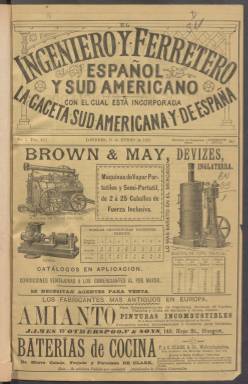
Título: El Ingeniero y ferretero español y sud-americano
Otros títulos: Ingeniero y ferretero || Ingeniero y ferretero español y sudamericano || Ingeniero y ferretero, español y sud-americano || Ingeniero y ferretero español y sud americano
Colección: Industria
Ámbito geográfico: Gran Bretaña
Lugar de publicación: Londres
Fechas: 01/01/1887-31/12/1887